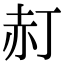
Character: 𧹙